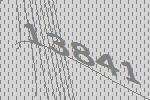
13841